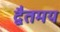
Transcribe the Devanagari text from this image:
द्वैतमय